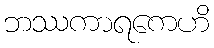
ဘဿကာရကေဟိ